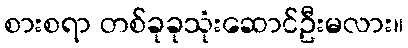
စားစရာ တစ်ခုခုသုံးဆောင်ဦးမလား။